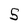
Character: S